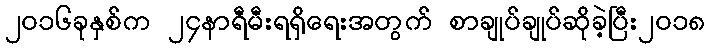
၂၀၁၆ခုနှစ်က ၂၄နာရီမီးရရှိရေးအတွက် စာချုပ်ချုပ်ဆိုခဲ့ပြီး၂၀၁၈